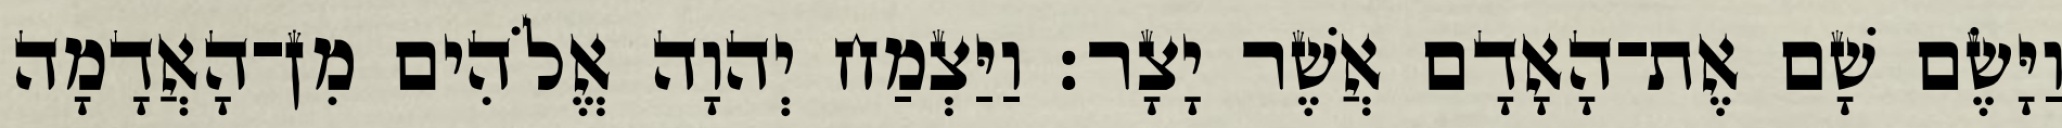
וַיָּשֶׂם שָׁם אֶת־הָאָדָם אֲשֶׁר יָצָר׃ וַיַּצְמַח יְהוָה אֱלֹהִים מִן־הָאֲדָמָה